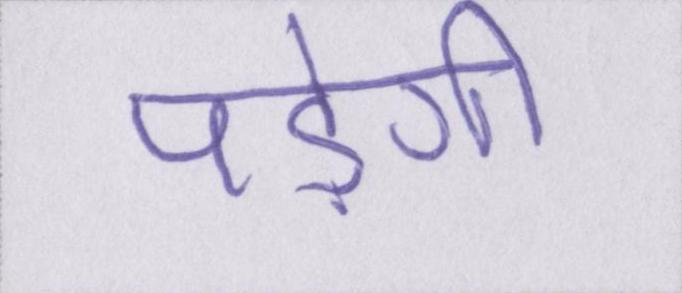
पड़ेगी